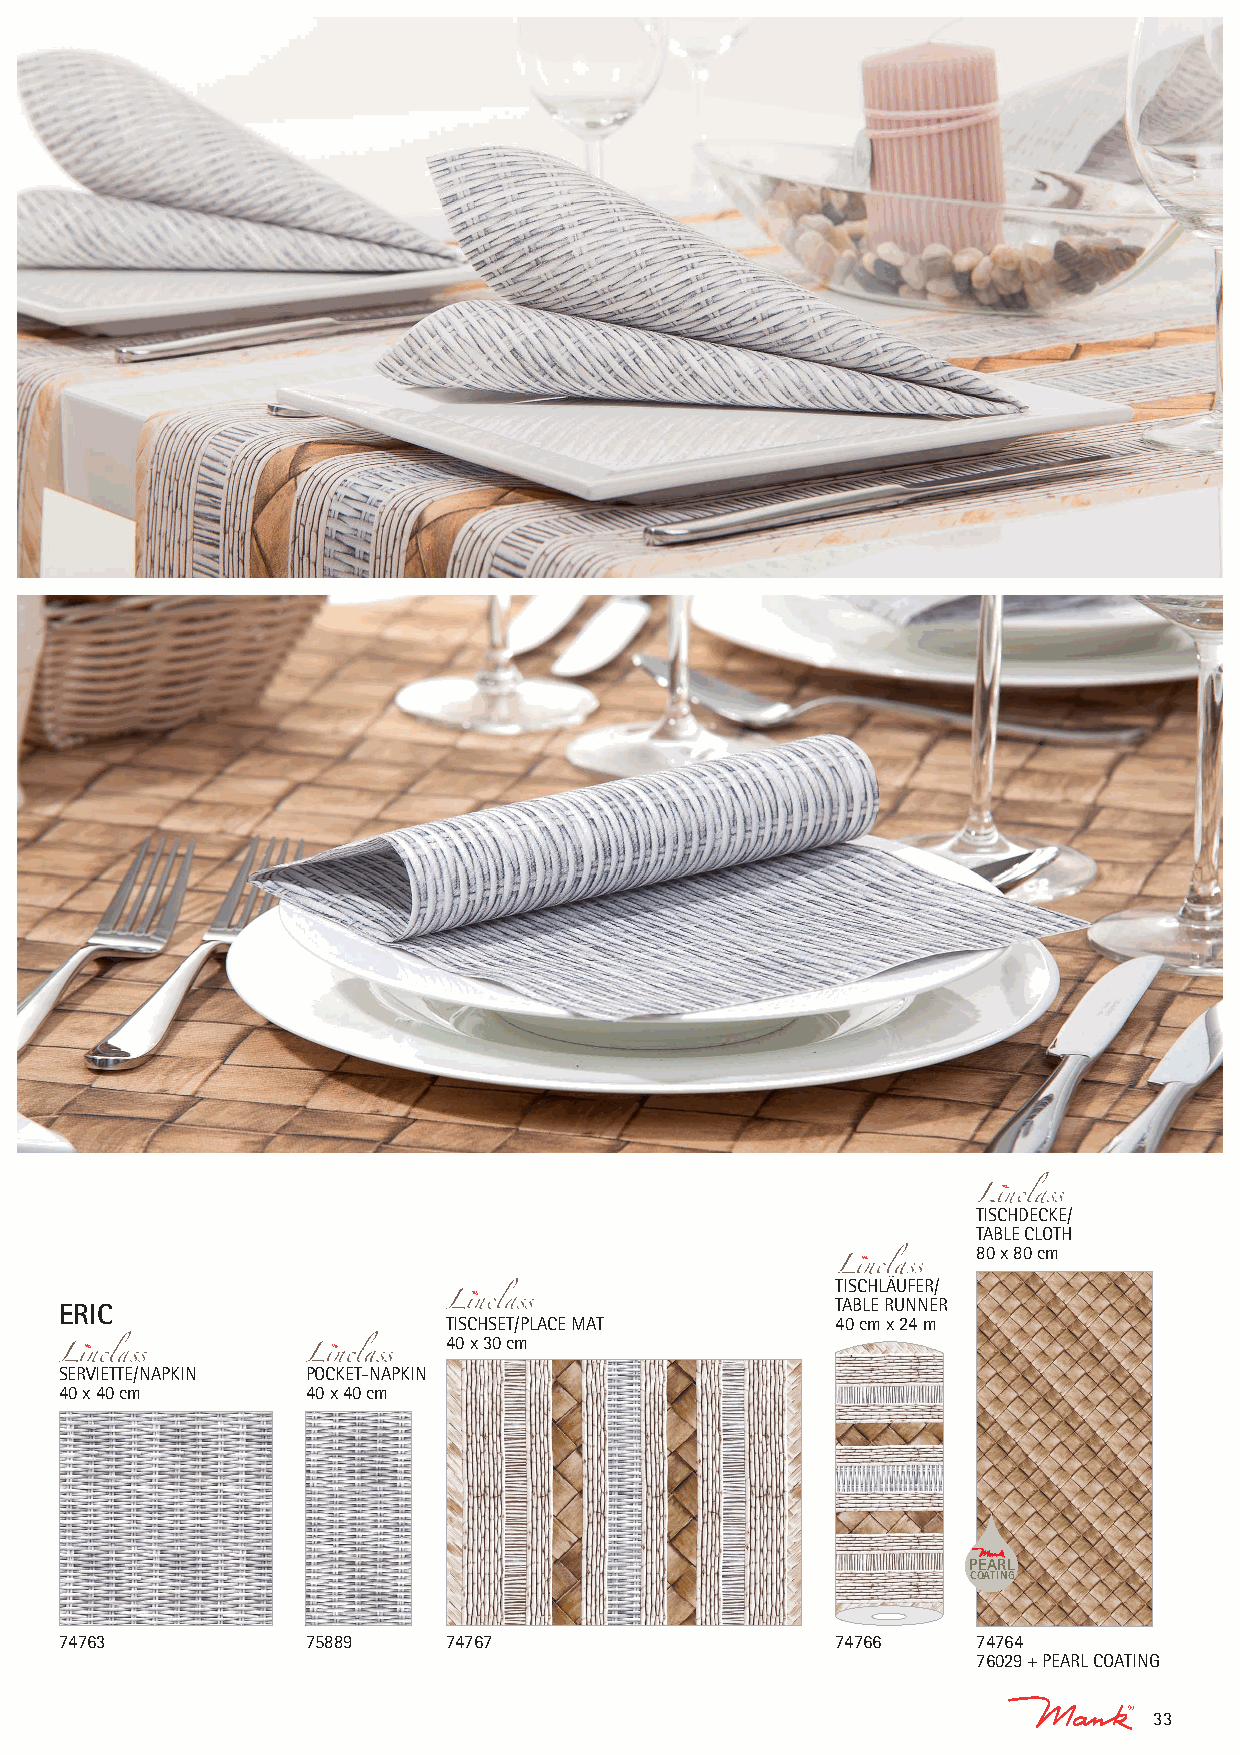
TISCHDECKE/
 TABLE CLOTH
 80 x 80 cm
 TISCHLÄUFER/
 TABLE RUNNER
 ERIC
 TISCHSET/PLACE MAT       40 cm x 24 m
 40 x 30 cm
 SERVIETTE/NAPKIN POCKET-NAPKIN
 40 x 40 cm      40 x 40 cm
 PEARL
 COATING
 74763           75889     74767                    74766     74764
 76029 + PEARL COATING
 33